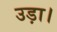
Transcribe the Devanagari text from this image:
उड़ा।